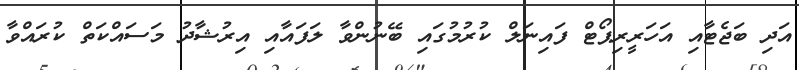
އަދި ބަޖެޓާއި އަހަރީރިޕޯޓް ފައިނަލް ކުރުމުގައި ބޭނުންވާ ލަފައާއި އިރުޝާދު މަސައްކަތް ކުރައްވާ